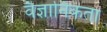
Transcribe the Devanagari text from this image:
वैज्ञानिकता